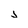
Character: j